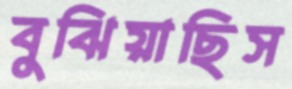
বুঝিয়াছিস